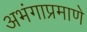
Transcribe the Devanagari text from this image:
अभंगाप्रमाणे